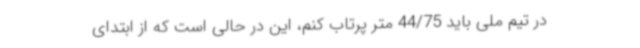
در تیم ملی باید 44/75 متر پرتاب کنم، این در حالی است که از ابتدای